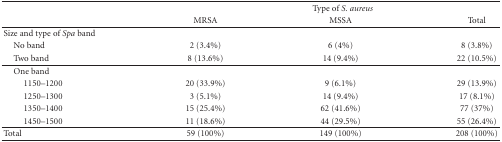
<table><thead><tr><td></td><td colspan="3"><b>Type of <i>S. aureus </i></b></td></tr><tr><td></td><td><b>MRSA</b></td><td><b>MSSA</b></td><td><b>Total </b></td></tr></thead><tbody><tr><td>Size and type of <i>spa</i> band</td><td></td><td></td><td></td></tr><tr><td> No band</td><td>2 (3.4%)</td><td>6 (4%)</td><td>8 (3.8%)</td></tr><tr><td> Two band</td><td>8 (13.6%)</td><td>14 (9.4%)</td><td>22 (10.5%) </td></tr><tr><td> One band</td><td></td><td></td><td></td></tr><tr><td>1150–1200</td><td>20 (33.9%)</td><td>9 (6.1%)</td><td>29 (13.9%)</td></tr><tr><td>1250–1300</td><td>3 (5.1%)</td><td>14 (9.4%)</td><td>17 (8.1%)</td></tr><tr><td>1350–1400</td><td>15 (25.4%)</td><td>62 (41.6%)</td><td>77 (37%)</td></tr><tr><td>1450–1500</td><td>11 (18.6%)</td><td>44 (29.5%)</td><td>55 (26.4%) </td></tr><tr><td>Total</td><td>59 (100%)</td><td>149 (100%)</td><td>208 (100%)</td></tr></tbody></table>